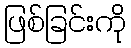
ဖြစ်ခြင်းကို